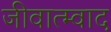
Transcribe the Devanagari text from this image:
जीवात्म्वाद